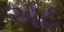
અટ